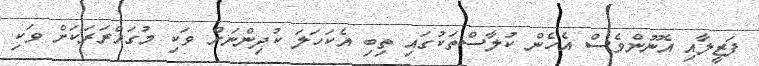
ފަޒީލާއި އެނޫންވެސް އެހެން ކުލާސްތަކުގައި ތިބި އެކަހަލަ ކުދިންނަށް ވަކި މުގައްރަރަކަށް ވަކި